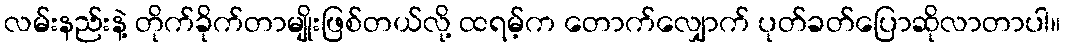
လမ်းနည်းနဲ့ တိုက်ခိုက်တာမျိုးဖြစ်တယ်လို့ ထရမ့်က တောက်လျှောက် ပုတ်ခတ်ပြောဆိုလာတာပါ။